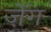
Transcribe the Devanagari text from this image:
ज़ेंग